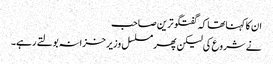
ان کا کہناتھا کہ گفتگو ترین صاحب
نے شروع کی لیکن پھر مسلسل وزیر خزانہ بولتے رہے۔